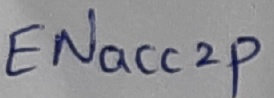
Text: ENacc2p